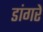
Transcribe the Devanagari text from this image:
डांगरे